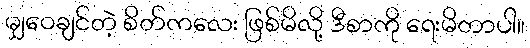
မျှဝေချင်တဲ့ စိတ်ကလေး ဖြစ်မိလို့ ဒီစာကို ရေးမိတာပါ။